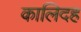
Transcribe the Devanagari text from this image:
कालिदह